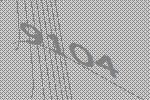
9104